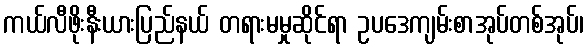
ကယ်လီဖိုးနီးယားပြည်နယ် တရားမမှုဆိုင်ရာ ဥပဒေကျမ်းစာအုပ်တစ်အုပ်၊